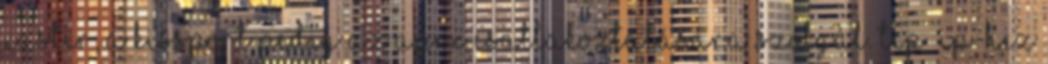
Xastir, a KISSPORT pedig az APRX csatlakoztatására szolgál. TCP IP-hez